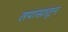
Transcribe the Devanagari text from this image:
तपासातून